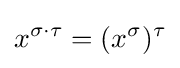
x^{\sigma \cdot \tau }=(x^{\sigma })^{\tau }